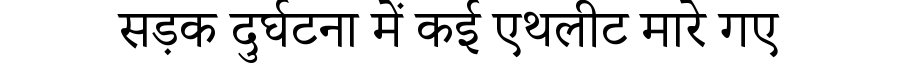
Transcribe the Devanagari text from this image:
सड़क दुर्घटना में कई एथलीट मारे गए